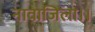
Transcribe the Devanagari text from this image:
नावाजिला।।